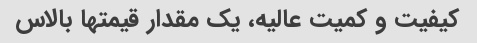
کیفیت و کمیت عالیه، یک مقدار قیمتها بالاس